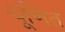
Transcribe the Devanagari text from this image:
चूणित